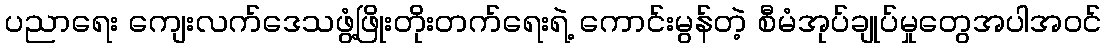
ပညာရေး ကျေးလက်ဒေသဖွံ့ဖြိုးတိုးတက်ရေးရဲ့ ကောင်းမွန်တဲ့ စီမံအုပ်ချုပ်မှုတွေအပါအဝင်